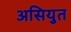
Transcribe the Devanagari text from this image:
असियुत